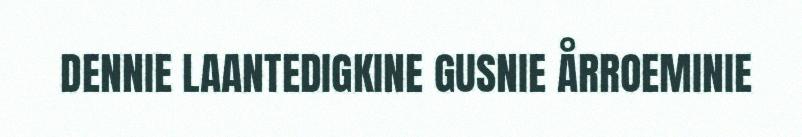
DENNIE LAANTEDIGKINE GUSNIE ÅRROEMINIE